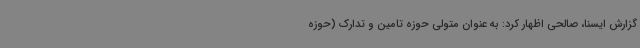
گزارش ایسنا، صالحی اظهار کرد: به عنوان متولی حوزه تامین و تدارک (حوزه